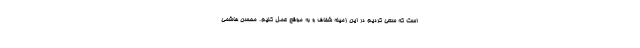
است که سعی کردیم در این زمینه شفاف و به موقع عمل کنیم. محسن هاشمی